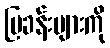
ပြခန်းများကို